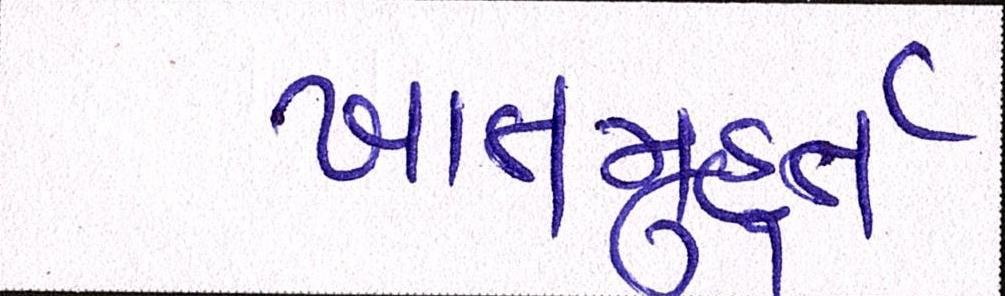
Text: ખાતમુહૂર્ત